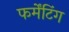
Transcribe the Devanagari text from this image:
फर्मेंटिंग